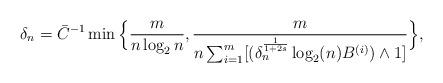
LaTeX: \begin{align*}\delta_n =\bar{C}^{-1}\min\Big\{\frac{m}{n \log_2 n }, \frac{m}{n \sum_{i=1}^m [(\delta_n^{\frac{1}{1+2s}}\log_2 (n) B^{(i)}) \wedge 1]} \Big\},\end{align*}